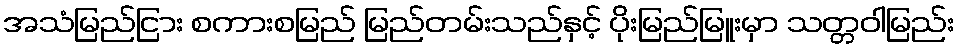
အသံမြည်ငြား စကားစမြည် မြည်တမ်းသည်နှင့် ပိုးမြည်မြူးမှာ သတ္တဝါမြည်း